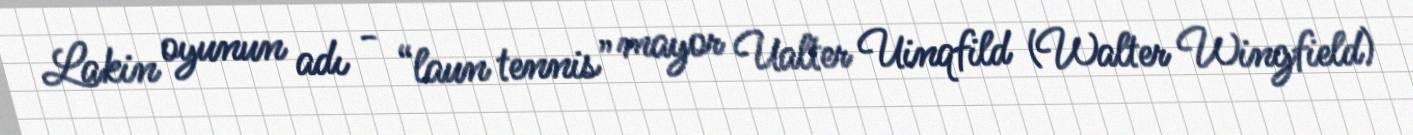
Lakin oyunun adı - “laun tennis” mayor Ualter Uinqfild (Walter Wingfield)